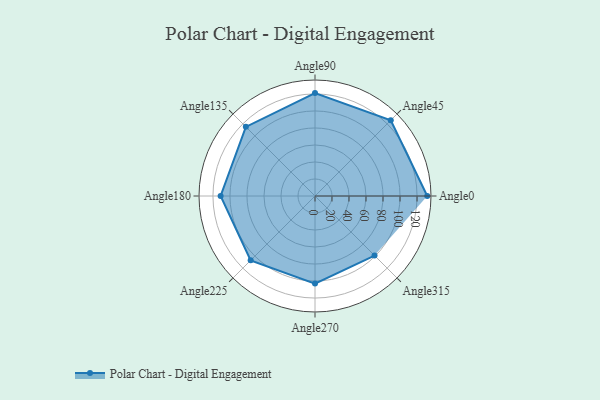
{"axis": {"x": "Angle", "y": "Radius"}, "legend": [""], "data": [{"x": "Angle0", "y": 132.0, "type": ""}, {"x": "Angle45", "y": 126.0, "type": ""}, {"x": "Angle90", "y": 121.0, "type": ""}, {"x": "Angle135", "y": 115.0, "type": ""}, {"x": "Angle180", "y": 111.0, "type": ""}, {"x": "Angle225", "y": 107.0, "type": ""}, {"x": "Angle270", "y": 103.0, "type": ""}, {"x": "Angle315", "y": 99.0, "type": ""}]}